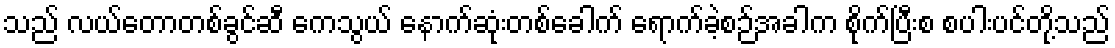
သည် လယ်တောတစ်ခွင်ဆီ ကေသွယ် နောက်ဆုံးတစ်ခေါက် ရောက်ခဲ့စဉ်အခါက စိုက်ပြီးစ စပါးပင်တို့သည်